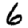
Digit: 6